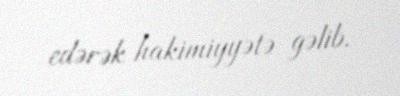
edərək hakimiyyətə gəlib.